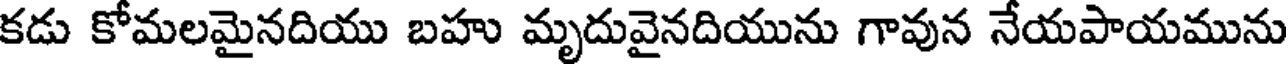
కడు కోమలమైనదియు బహు మృదువైనదియును గావున నేయపాయమును